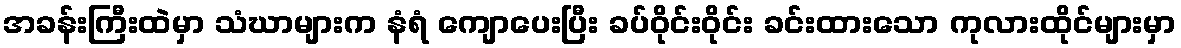
အခန်းကြီးထဲမှာ သံဃာများက နံရံ ကျောပေးပြီး ခပ်ဝိုင်းဝိုင်း ခင်းထားသော ကုလားထိုင်များမှာ